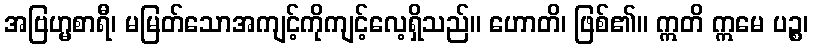
အဗြဟ္မစာရီ၊ မမြတ်သောအကျင့်ကိုကျင့်လေ့ရှိသည်။ ဟောတိ၊ ဖြစ်၏။ ဣတိ ဣမေ ပဉ္စ၊